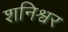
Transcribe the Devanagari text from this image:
शनिश्वर